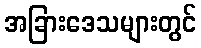
အခြားဒေသများတွင်